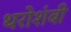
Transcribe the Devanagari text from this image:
थरोशंबी